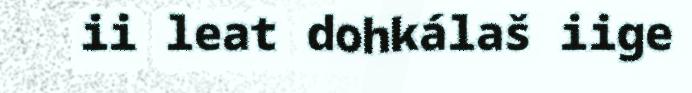
ii leat dohkálaš iige